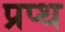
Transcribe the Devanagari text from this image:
प्रप्थ